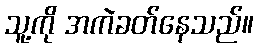
သူ့ကို အကဲခတ်နေသည်။